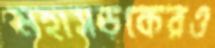
মহাসড়কেরও